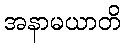
အနာမယာတိ